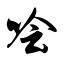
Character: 哙